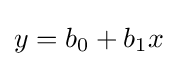
y=b_{0}+b_{1}x